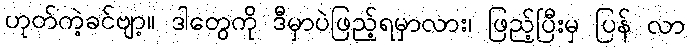
ဟုတ်ကဲ့ခင်ဗျာ့။ ဒါတွေကို ဒီမှာပဲဖြည့်ရမှာလား၊ ဖြည့်ပြီးမှ ပြန် လာ